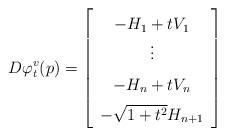
LaTeX: \begin{align*}\renewcommand{\arraystretch}{1.5} D \varphi_t^v(p) =\left[\begin{array}{c} -H_1 + t V_1 \\\vdots \\-H_n + t V_n \\-\sqrt{1 + t^2} H_{n+1}\end{array}\right]\end{align*}